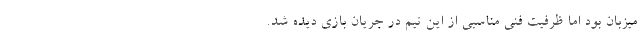
میزبان بود اما ظرفیت فنی مناسبی از این تیم در جریان بازی دیده شد.